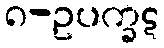
၈-ဥပက္ခဋ